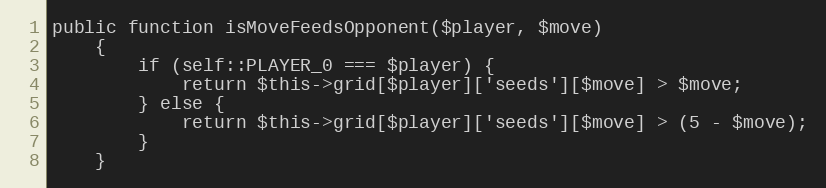
Language: PHP
public function isMoveFeedsOpponent($player, $move)
    {
        if (self::PLAYER_0 === $player) {
            return $this->grid[$player]['seeds'][$move] > $move;
        } else {
            return $this->grid[$player]['seeds'][$move] > (5 - $move);
        }
    }